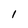
Character: I